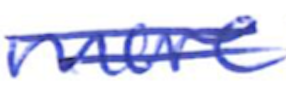
Text: more
Cross-out: double-line
Writing tool: ballpoint